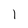
Character: 1